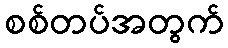
စစ်တပ်အတွက်